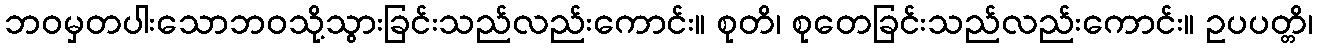
ဘဝမှတပါးသောဘဝသို့သွားခြင်းသည်လည်းကောင်း။ စုတိ၊ စုတေခြင်းသည်လည်းကောင်း။ ဥပပတ္တိ၊